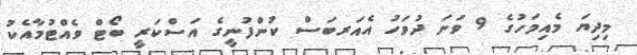
މިދިޔަ މެއިމަހުގެ 9 ވަނަ ދުވަހު އެއަރބަސް ކުންފުނީގެ އަސްކަރީ ބޯޓް ވެއްޓުމާއެކު